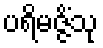
ပရိမဇ္ဇိံသု